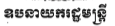
ឧបនាយករដ្ឋមន្ត្រី